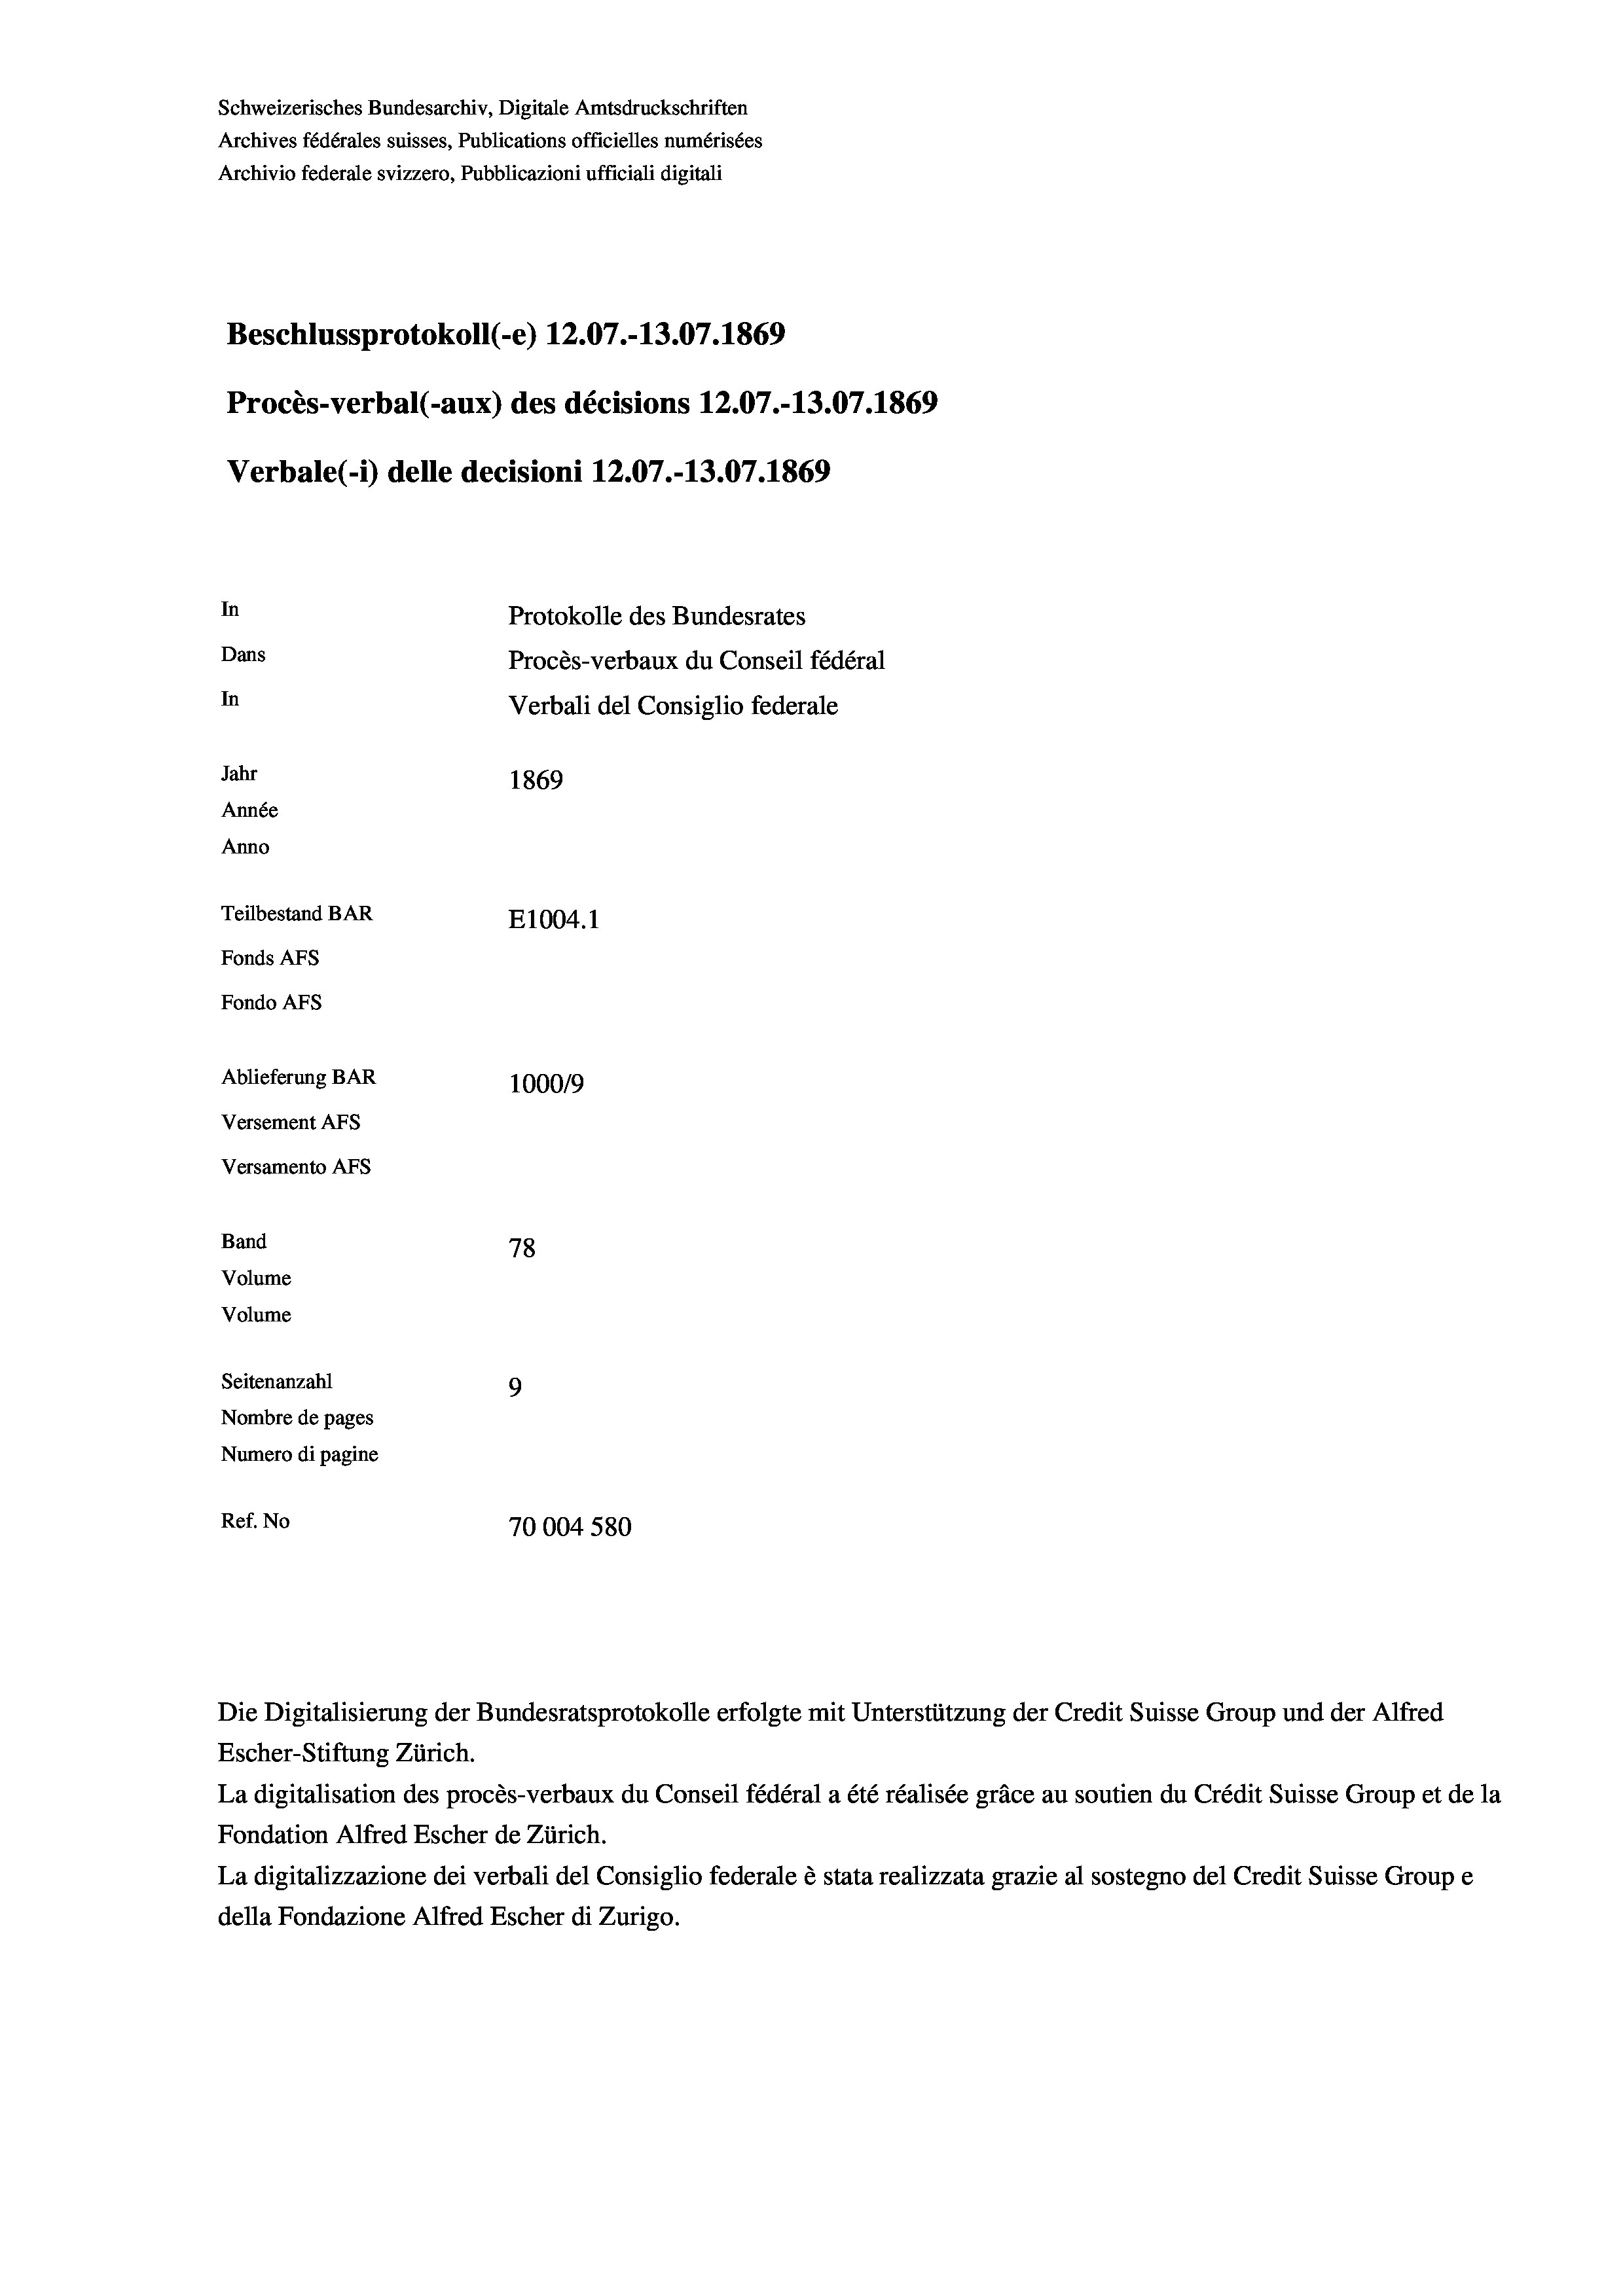
Schweizerisches Bundesarchiv, Digitale Amtsdruckschriften
Archives fédérales suisses, Publications officielles numérisées
Archivio federale svizzero, Pubblicazioni ufficiali digitali
Beschlussprotokoll (-e) 12.07.-13.07. 1869
Procès-verbal (-aux) des décisions 12.07.-13.07. 1869
Verbale (i) delle decisioni 12.07.-13.07. 1869
In
Protokolle des Bundesrates
Dans
Procès-verbaux du Conseil fédéral
In
Verbali del Consiglio federale
Jahr
1869
Année
Anno
Teilbestand BAR
E1004.1
Fonds AFs
Fondo AFs
Ablieferung BAR
100019
Versement As
Versamento AFs
Band
78
Volume
Volume

Seitenanzahl
Ref. No

Nombre de pages
Numero di pagine

9
70004 580

Die Digitalisierung der Bundesratsprotokolle erfolgte mit Unterstützung der Credit Suisse Group und der Alfred
Escher-Stiftung Zürich.
La digitalisation des procès-verbaux du Conseil fédéral a été réalisée gräce au soutien du Crédit Suisse Group et de la
Fondation Alfred Escher de Zürich.
La digitalizzazione dei verbali del Consiglio federale è stata realizzata grazie al sostegno del Credit Suisse Groupe
della Fondazione Alfred Escher di Zurigo.